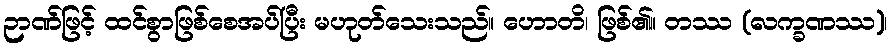
ဉာဏ်ဖြင့် ထင်စွာဖြစ်စေအပ်ပြီး မဟုတ်သေးသည်။ ဟောတိ၊ ဖြစ်၏။ တဿ (လက္ခဏဿ)၊